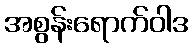
အစွန်းရောက်ဝါဒ